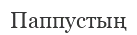
Паппустың